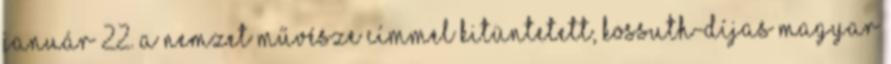
január 22. a Nemzet Művésze címmel kitüntetett, Kossuth-díjas magyar